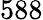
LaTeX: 588